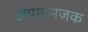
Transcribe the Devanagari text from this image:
अपमानजक